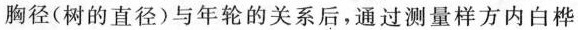
胸径(树的直径)与年轮的关系后，通过测量样方内白桦